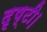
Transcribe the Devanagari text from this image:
दृष्टी।